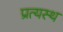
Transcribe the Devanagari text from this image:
प्रत्यस्थ